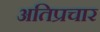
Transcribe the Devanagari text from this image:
अतिप्रचार